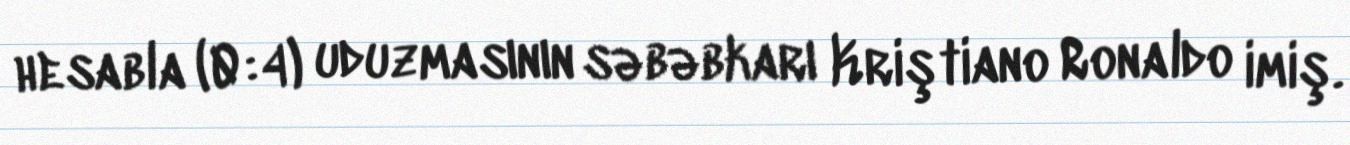
hesabla (0:4) uduzmasının səbəbkarı Kriştiano Ronaldo imiş.